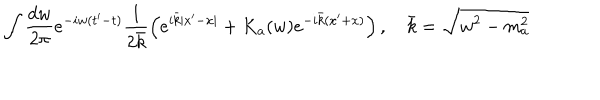
\int \frac { d w } { 2 \pi } e ^ { - i w ( t ^ { \prime } - t ) } \frac { 1 } { 2 \bar { k } } \left( e ^ { i \bar { k } | x ^ { \prime } - x | } + K _ { a } ( w ) e ^ { - i \bar { k } ( x ^ { \prime } + x ) } \right) , ~ \bar { k } = \sqrt { w ^ { 2 } - m _ { a } ^ { 2 } }